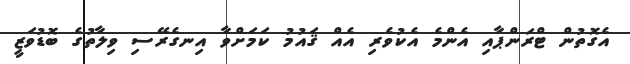
އެގޮތުން ޓްރަންޕާއި އެންމެ އެކުވެރި އެއް ޤައުމު ކަމަށްވާ އިނގެރޭސި ވިލާތުގެ ބޮޑުވަޒީ